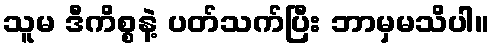
သူမ ဒီကိစ္စနဲ့ ပတ်သက်ပြီး ဘာမှမသိပါ။